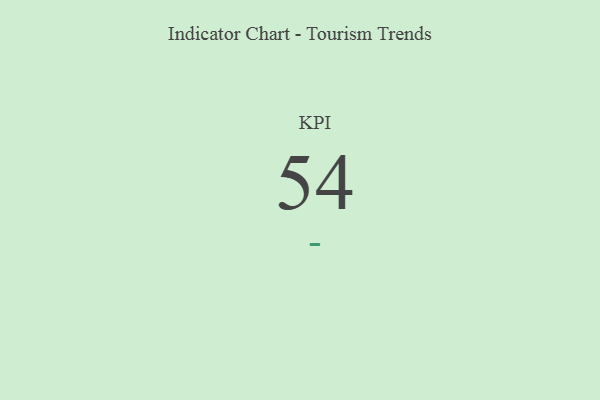
{"axis": {"x": "KPI", "y": "Value"}, "legend": [""], "data": [{"x": "KPI", "y": 54, "type": ""}]}